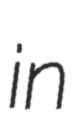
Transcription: in